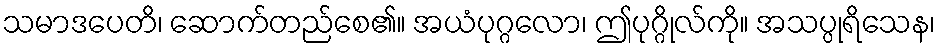
သမာဒပေတိ၊ ဆောက်တည်စေ၏။ အယံပုဂ္ဂလော၊ ဤပုဂ္ဂိုလ်ကို။ အသပ္ပုရိသေန၊